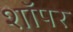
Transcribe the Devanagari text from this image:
शॉपर